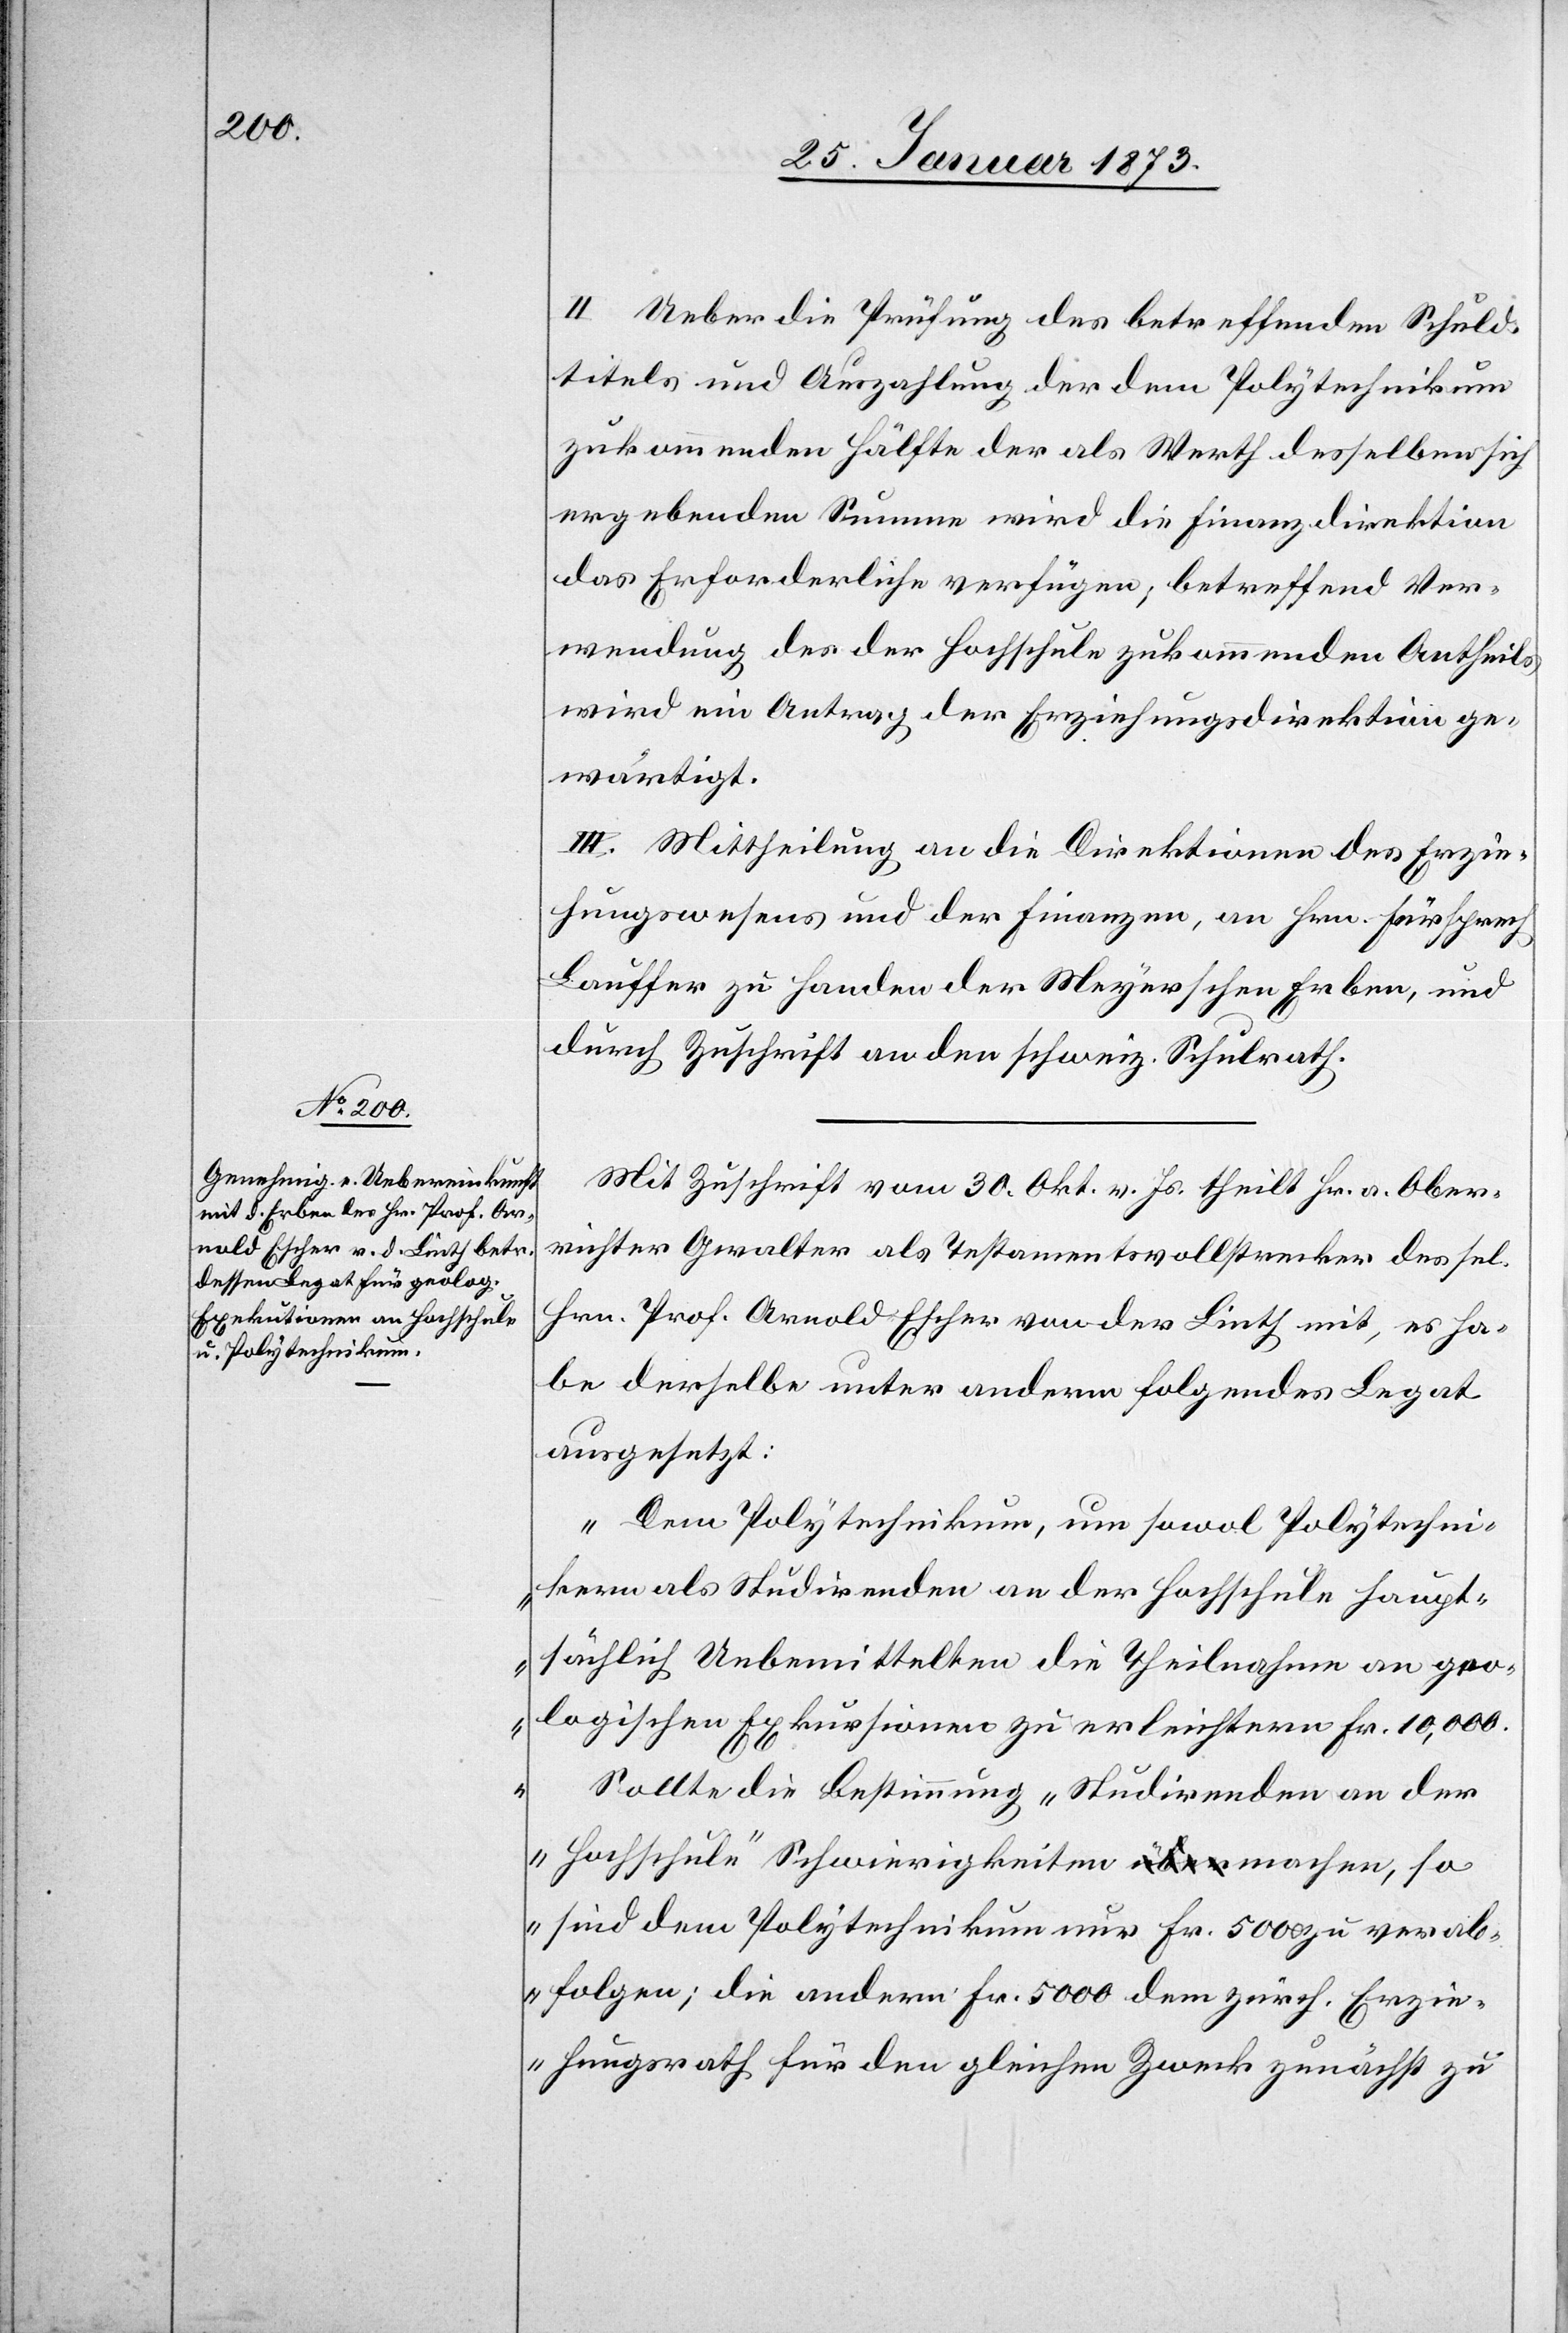
II. Ueber die Prüfung des betreffenden Schuld¬
titels und Auszahlung der dem Polytechnikum
zukommenden Hälfte der als Werth desselben sich
ergebenden Summe wird die Finanzdirektion
das Erforderliche verfügen, betreffend Ver¬
wendung des der Hochschule zukommenden Antheils
wird ein Antrag der Erziehungsdirektion ge¬
wärtigt.
III. Mittheilung an die Direktionen des Erzie¬
hungswesens und der Finanzen, an Hrn. Fürsprech
Lauffer zu Handen der Meyerschen Erben, und
durch Zuschrift an den schweiz. Schulrath.
Mit Zuschrift vom 30. Okt. v. Js. theilt Hr. a. Ober¬
richter Gwalter als Testamentsvollstrecker des sel.
Hrn. Prof. Arnold Escher von der Linth mit, es ha¬
be derselbe unter anderm folgendes Legat
ausgesetzt:
„Dem Polytechnikum, um sowol Polytechni¬
kum als Studirenden an der Hochschule haupt¬
sächlich Unbemittelten die Theilnahme an geo¬
logischen Exkursionen zu erleichtern Fr. 10,000.
Sollte die Bestimmung „Studirenden an der
Hochschule“ Schwierigkeiten machen, so
sind dem Polytechnikum nur Fr. 5000 zu verab¬
folgen; die andern Fr. 5000 dem zürch. Erzie¬
hungsrath für den gleichen Zweck zunächst zu